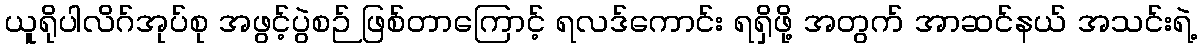
ယူရိုပါလိဂ်အုပ်စု အဖွင့်ပွဲစဉ် ဖြစ်တာကြောင့် ရလဒ်ကောင်း ရရှိဖို့ အတွက် အာဆင်နယ် အသင်းရဲ့